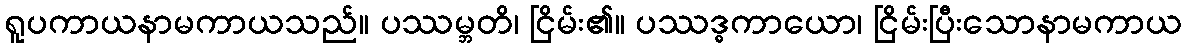
ရူပကာယနာမကာယသည်။ ပဿမ္ဘတိ၊ ငြိမ်း၏။ ပဿဒ္ဓကာယော၊ ငြိမ်းပြီးသောနာမကာယ